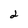
Character: 2